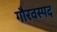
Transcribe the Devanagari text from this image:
गौरवस्पद